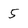
Character: 5